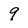
Character: 9